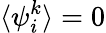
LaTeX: \langle{\psi}_{i}^{k}\rangle=0